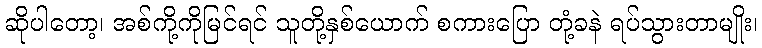
ဆိုပါတော့၊ အစ်ကို့ကိုမြင်ရင် သူတို့နှစ်ယောက် စကားပြော တုံ့ခနဲ ရပ်သွားတာမျိုး၊